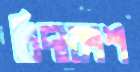
চিদাকাশ